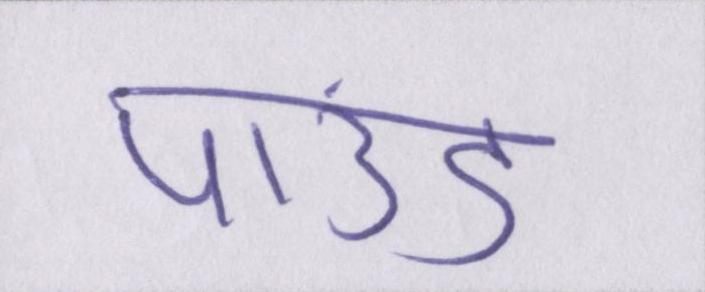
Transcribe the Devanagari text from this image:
पाउंड